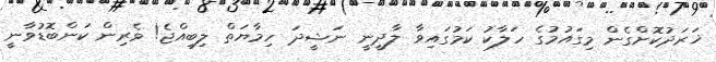
ޚަރަދުކޮށްގެން މިގައުމުގެ ހަލާކު ކަމުގައިވާ ލާދީނީ ނަޝީދަ ހިމާޔަތް ލިބިއްޖެ! ވެރިން ކަންބޮޑުވާނީ